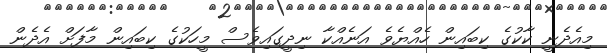
މިއެދެނީ ކާކުގެ ކިބައިން ހެއްޔެވެ އަނެއްކާ ނިދީގައިވެސް މީހަކުގެ ކިބައިން މާފަށް އެދެން